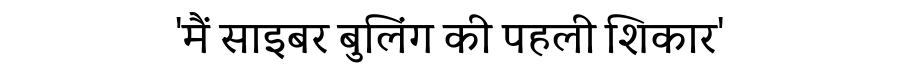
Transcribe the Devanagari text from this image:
'मैं साइबर बुलिंग की पहली शिकार'